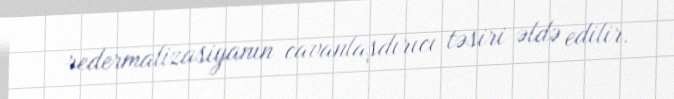
redermalizasiyanın cavanlaşdırıcı təsiri əldə edilir.